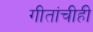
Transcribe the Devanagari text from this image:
गीतांचीही